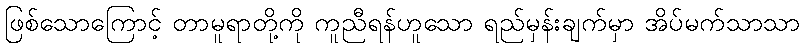
ဖြစ်သောကြောင့် တာမူရာတို့ကို ကူညီရန်ဟူသော ရည်မှန်းချက်မှာ အိပ်မက်သာသာ